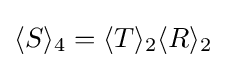
\langle S\rangle _{4}=\langle T\rangle _{2}\langle R\rangle _{2}